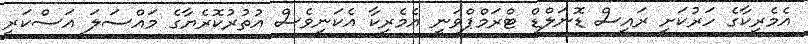
އެމެރިކާގެ ހަރުކަށި ރައީސް ޑޮނަލްޑް ޓްރަމްޕްވަނީ އެމެރިކާ އެކަނިވެސް އުތުރުކޮރެޔާގެ މައްސަލަ އަސްކަރީ